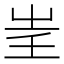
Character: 𡴍